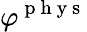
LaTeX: \varphi^{\mathrm{~p~h~y~s~}}